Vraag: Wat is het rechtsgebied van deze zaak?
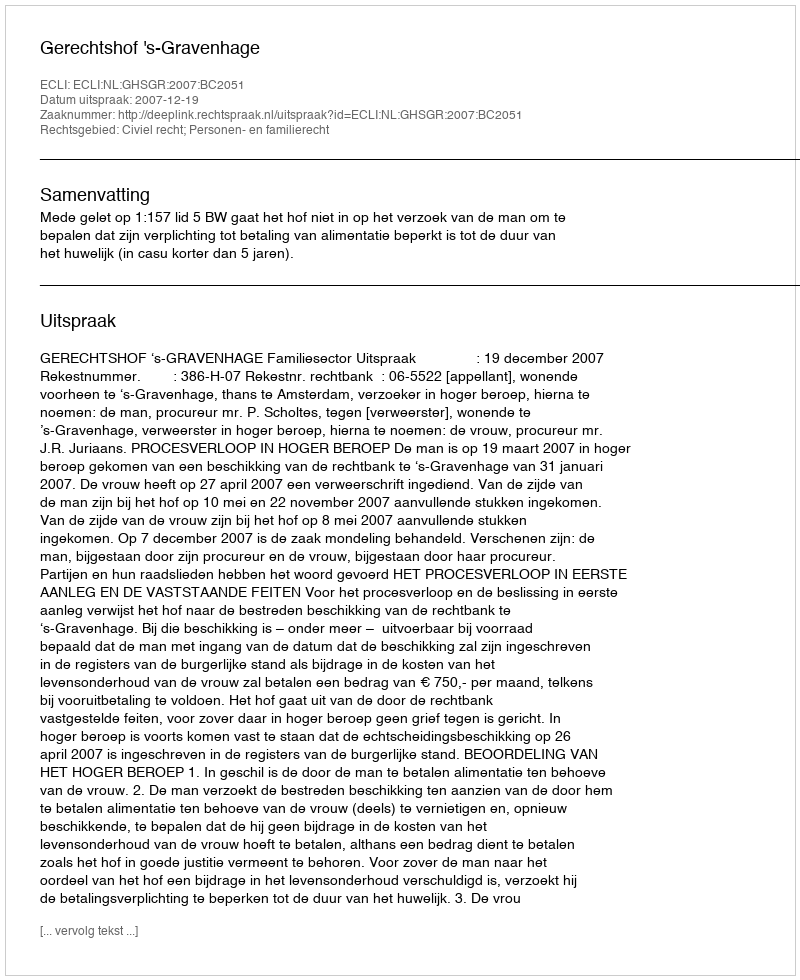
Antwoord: Civiel recht; Personen- en familierecht